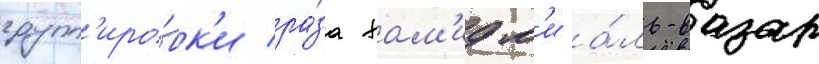
групп'иро́вк'и ра́за хам'идм'и а́ль-вазар